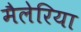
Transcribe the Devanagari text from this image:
मैलेरिया